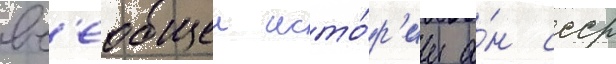
вс'еобщеи исто́р'ии а́н ссср